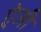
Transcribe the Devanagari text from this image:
ऐजी